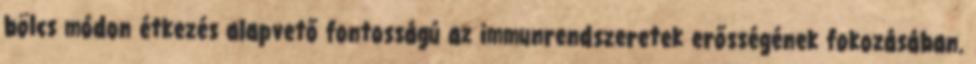
bölcs módon étkezés alapvető fontosságú az immunrendszeretek erősségének fokozásában.